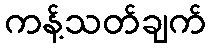
ကန့်သတ်ချက်